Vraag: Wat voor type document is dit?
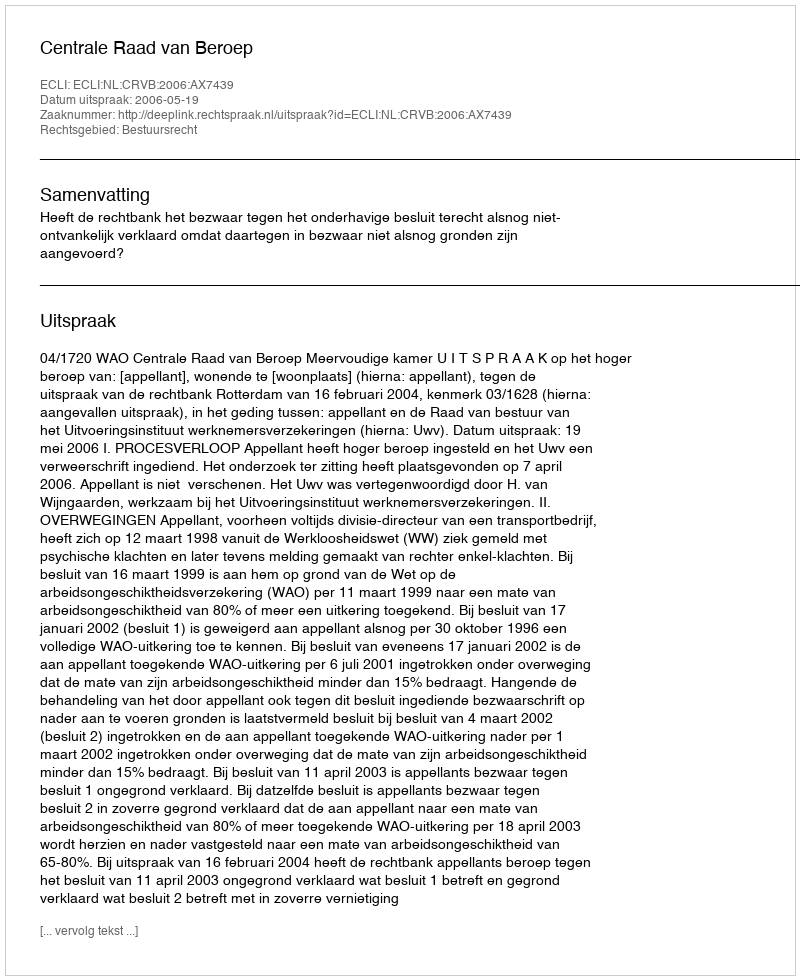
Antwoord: Uitspraak